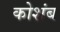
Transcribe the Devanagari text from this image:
कोशंब